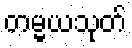
တမ္မယသုတ်